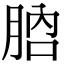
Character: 𦛚